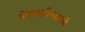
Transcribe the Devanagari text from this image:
वेबमशीनसाठी